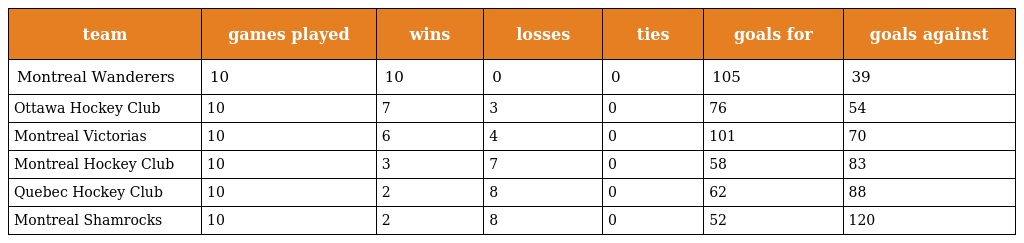
| team | games played | wins | losses | ties | goals for | goals against |
 | --- | --- | --- | --- | --- | --- | --- |
 | Montreal Wanderers | 10 | 10 | 0 | 0 | 105 | 39 |
 | Ottawa Hockey Club | 10 | 7 | 3 | 0 | 76 | 54 |
 | Montreal Victorias | 10 | 6 | 4 | 0 | 101 | 70 |
 | Montreal Hockey Club | 10 | 3 | 7 | 0 | 58 | 83 |
 | Quebec Hockey Club | 10 | 2 | 8 | 0 | 62 | 88 |
 | Montreal Shamrocks | 10 | 2 | 8 | 0 | 52 | 120 |